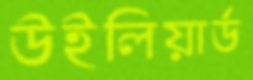
উইলিয়ার্ড